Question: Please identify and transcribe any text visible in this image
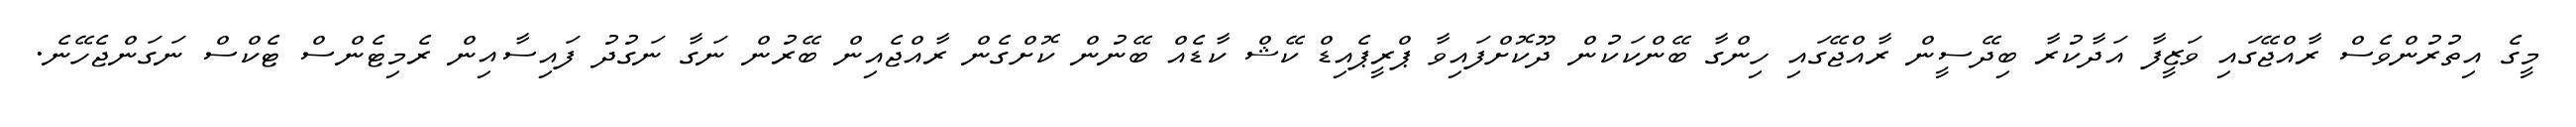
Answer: މީގެ އިތުރުންވެސް ރާއްޖޭގައި ވަޒީފާ އަދާކުރާ ބިދޭސީން ރާއްޖޭގައި ހިންގާ ބޭންކަކުން ދޫކޮށްފައިވާ ޕްރީޕެއިޑް ކޭޝް ކާޑެއް ބޭނުން ކޮށްގެން ރާއްޖެއިން ބޭރުން ނަގާ ނަގުދު ފައިސާއިން ރެމިޓެންސް ޓެކްސް ނަގަންޖެހޭނެ.